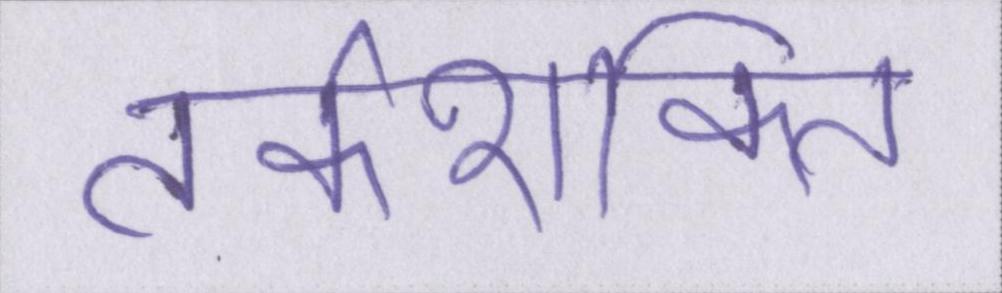
तर्कशक्ति